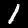
Digit: 1